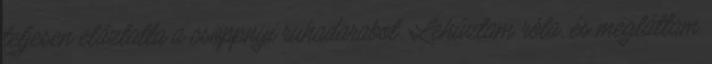
teljesen eláztatta a csöppnyi ruhadarabot. Lehúztam róla, és megláttam